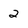
Character: 2